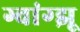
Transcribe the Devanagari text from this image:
ग्वांग्झू